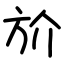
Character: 斺